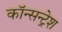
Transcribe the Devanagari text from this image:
कॉन्सन्ट्रेश